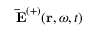
\mathbf { \, \bar { E } } ^ { ( + ) } ( \mathbf { r } , \omega , t )